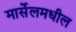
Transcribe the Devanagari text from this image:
मार्सेलमधील